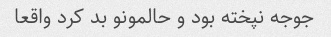
جوجه نپخته بود و حالمونو بد کرد واقعا